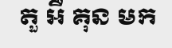
តួ អឺ គុន មក